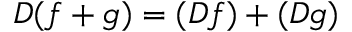
D ( f + g ) = ( D f ) + ( D g )